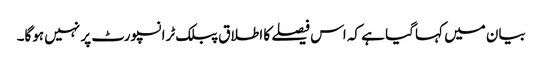
بیان میں کہا گیا ہے کہ اس فیصلے کا اطلاق پبلک ٹرانسپورٹ پر نہیں ہوگا۔